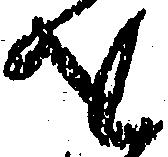
を